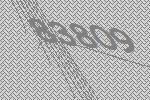
83809